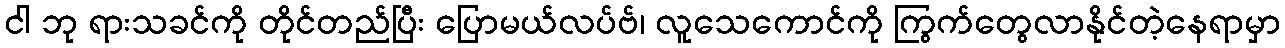
ငါ ဘု ရားသခင်ကို တိုင်တည်ပြီး ပြောမယ်လပ်ဗ်၊ လူသေကောင်ကို ကြွက်တွေလာနိုင်တဲ့နေရာမှာ